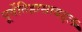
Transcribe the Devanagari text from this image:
पूर्वेतिहासाबद्दल